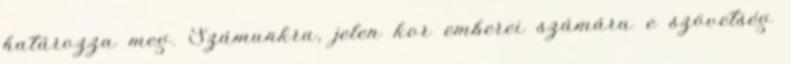
határozza meg. Számunkra, jelen kor emberei számára e szövetség